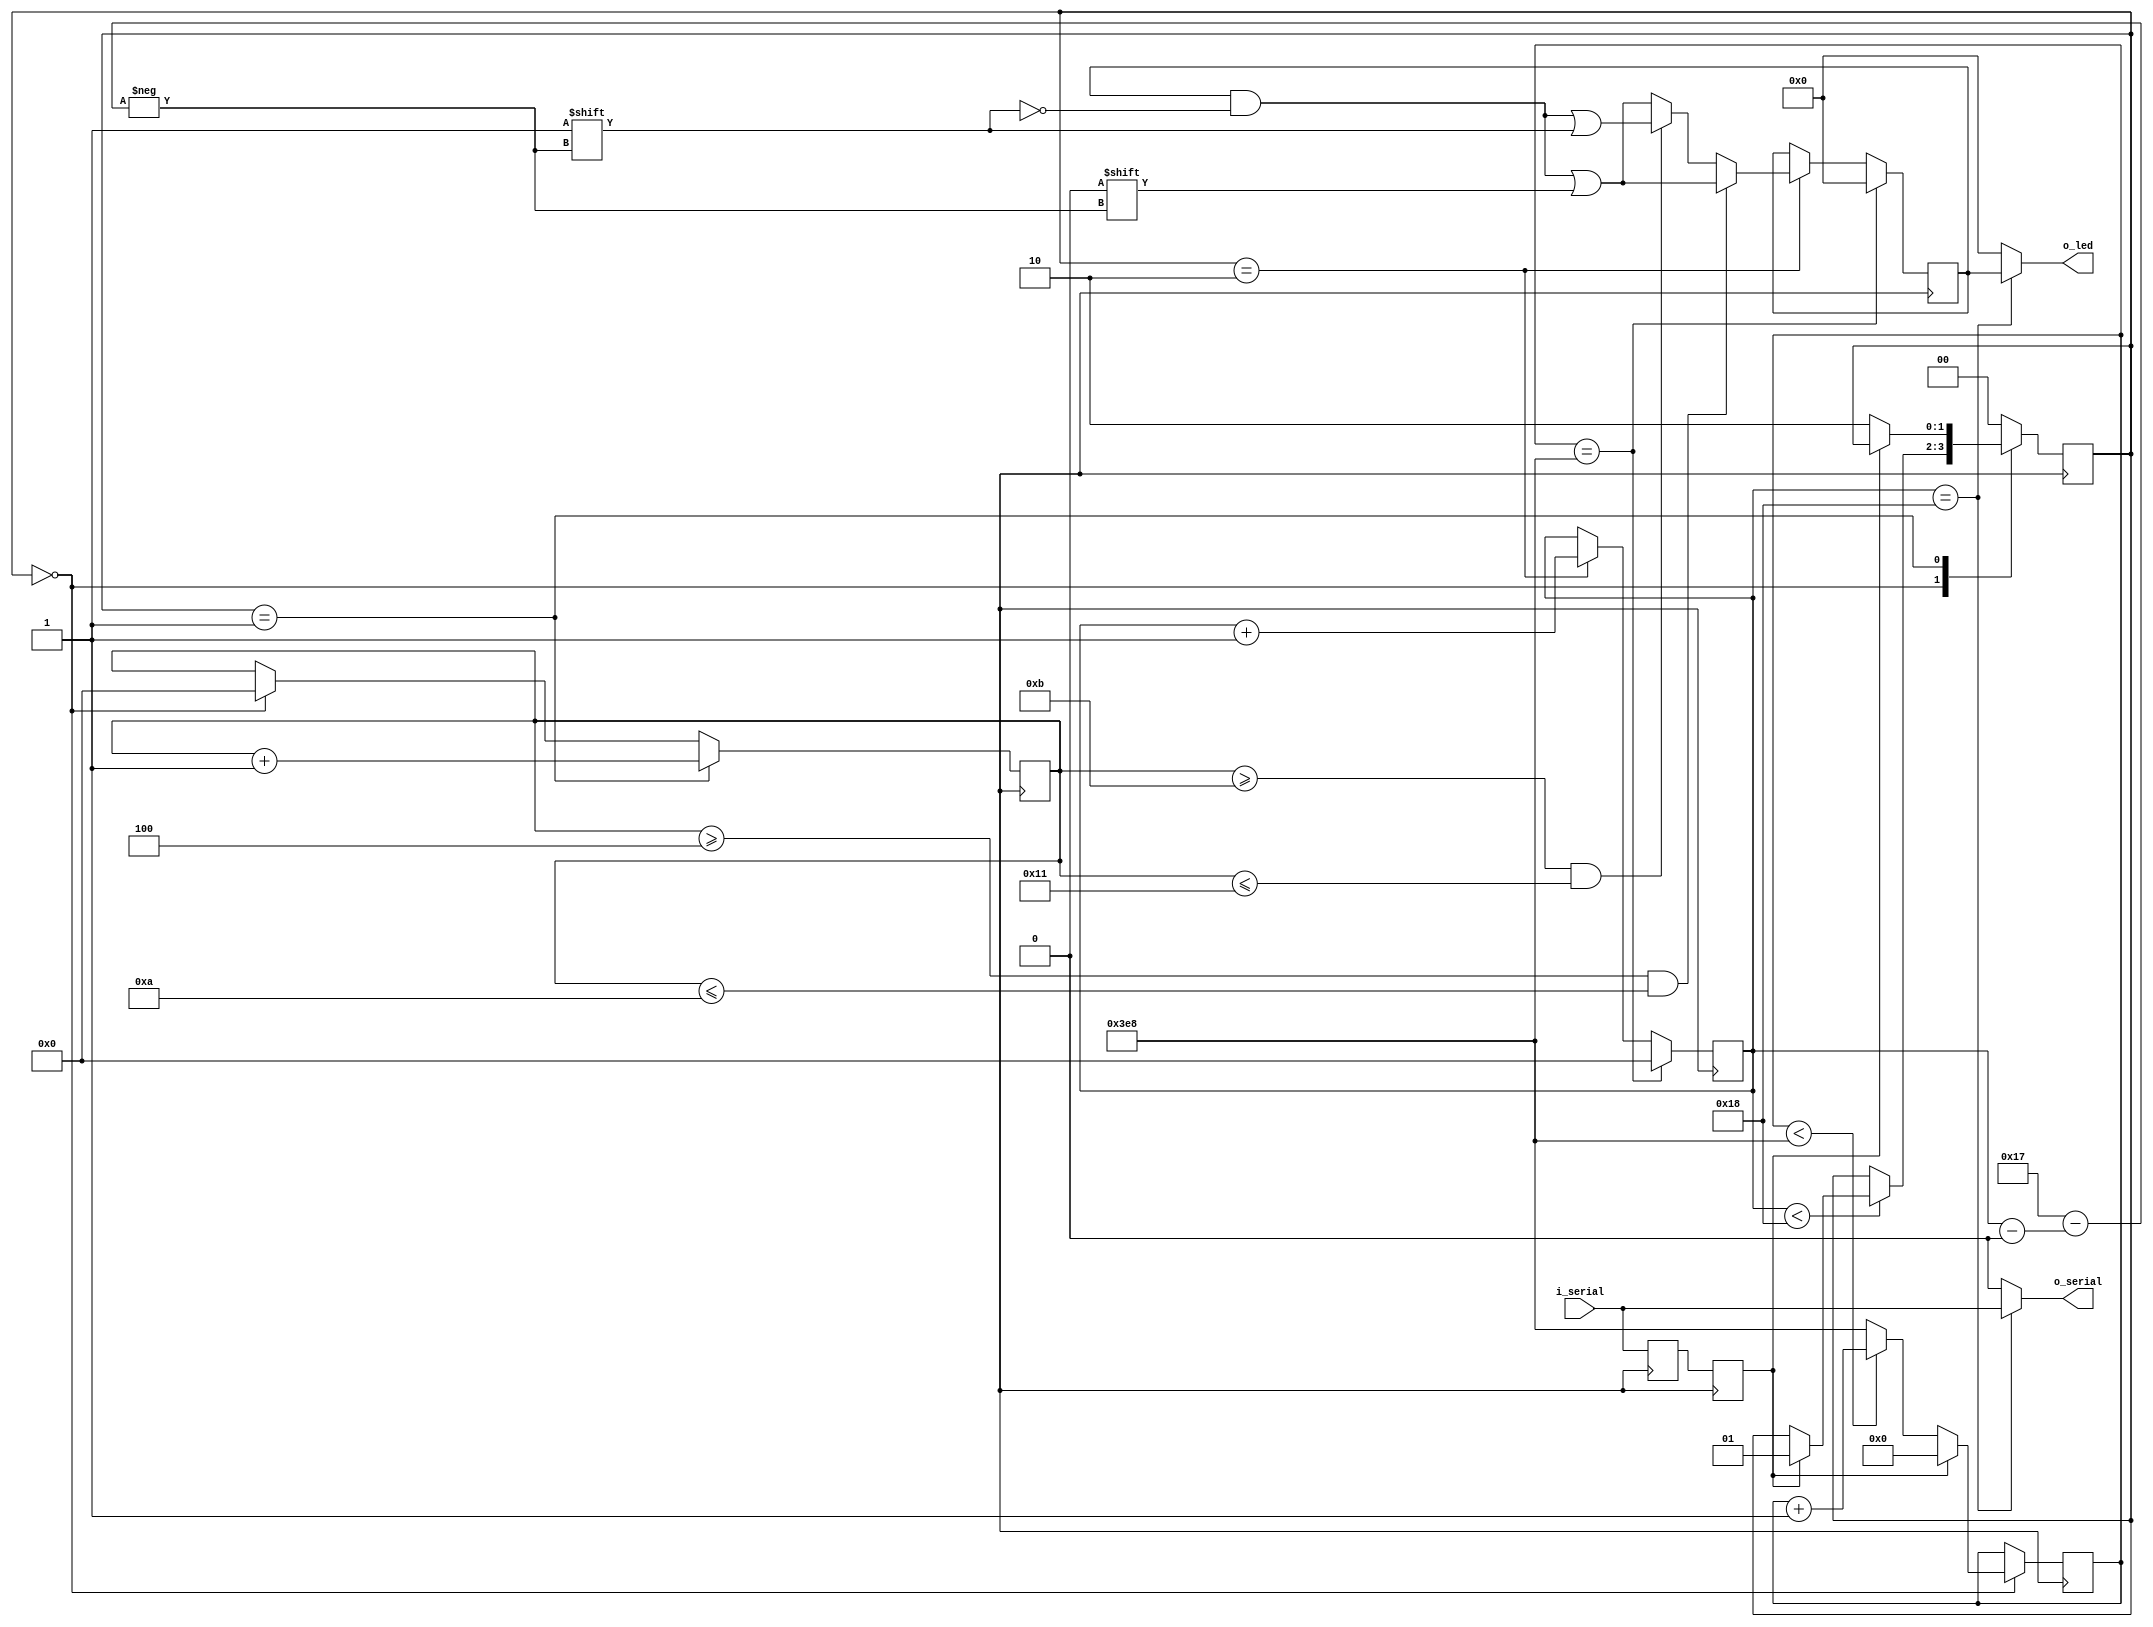
`timescale 1ns / 1ns
`define T0H     350.0   // 0.35 us
`define T0L     800.0   // 0.8 us
`define T1H     700.0   // 0.7 us
`define T1L     600.0   // 0.6 us
`define MARGIN  150.0   // +/- 150 ns
`define RET     50000.0 // 50 us

module led(
    input           i_serial,
	//input			  clk,
    output          o_serial,
    output [23:0]   o_led);
    //***********************************************************************
    //  Doing "Things"
    //***********************************************************************
    localparam       CLK_PRD  = 50; //Clock period in ns
    localparam [4:0] T0H_MIN  = ((`T0H - `MARGIN)/CLK_PRD);
    localparam [4:0] T0H_MAX  = ((`T0H + `MARGIN)/CLK_PRD);
    localparam [4:0] T1H_MIN  = ((`T1H - `MARGIN)/CLK_PRD);
    localparam [4:0] T1H_MAX  = ((`T1H + `MARGIN)/CLK_PRD);
    localparam [9:0] RST_MIN  = ((`RET)/CLK_PRD);
    //***********************************************************************
    //  Signal Declaration
    //***********************************************************************
    reg [9:0]rst_timer = 0;
    reg [4:0]bit_timer = 0;
    reg [4:0]bit_cntr  = 0;
    reg [1:0]state_reg = 0;
    reg [1:0]state_nxt = 0;
    reg [0:23]data     = 0;
    reg i_serial_tmp   = 0;
    reg i_serial_sync  = 0;
    reg clk            = 0;
    //***********************************************************************
    //  States Declaration
    //***********************************************************************
    localparam[1:0]
    idle    = 2'd0,
    measure = 2'd1,
    check   = 2'd2;
    //***********************************************************************
    //  Clock Simulation
    //***********************************************************************
    always #(CLK_PRD/2) clk = ~clk;
    //***********************************************************************
    //  Input(i_serial) Synchronization
    //***********************************************************************   
    always@(posedge clk) 
    begin
        i_serial_tmp <= i_serial;
        i_serial_sync <= i_serial_tmp;
    end
    //***********************************************************************
    //  State Register, Reset Timer, Bit Timer & Bit Counter
    //***********************************************************************   
    always@(posedge clk) 
    begin
        state_reg <= state_nxt;
        //Things to do in "idle" state
        if (state_reg == idle) begin
            bit_timer <= 0;
            if (~i_serial_sync)         
                rst_timer <= (rst_timer<RST_MIN)?rst_timer+10'd1:RST_MIN;
            else rst_timer  <= 0;
        end
        //Things to do in "measure" state        
        if (state_reg == measure) begin
            bit_timer <= bit_timer+5'd1;
        end
        //Things to do in "check" state
        if (state_reg == check) begin
            bit_cntr <= bit_cntr+5'd1;
            if((bit_timer>=T0H_MIN)&&(bit_timer<=T0H_MAX)) 
            data[bit_cntr] <= 1'd0; else if
            ((bit_timer>=T1H_MIN)&&(bit_timer<=T1H_MAX)) 
            data[bit_cntr] <= 1'd1; else 
            data[bit_cntr] <= 1'd0;
        end
        //Things to do when reset is detected
        if (rst_timer==RST_MIN) begin
            bit_cntr <= 0;
            data <= 0;
        end
    end
    //***********************************************************************
    //  Next State Logic
    //***********************************************************************   
    always@* 
    begin
        state_nxt = state_reg;
        case(state_reg)
            idle: begin
                if(bit_cntr<24)
                if(i_serial_sync) state_nxt = measure;
            end
            measure: begin
                if(~i_serial_sync) state_nxt = check;
            end
            check: begin
                state_nxt = idle;
            end
            default: state_nxt = idle;
        endcase
    end
    //***********************************************************************
    // Output Assignment
    //***********************************************************************   
    assign o_serial = (bit_cntr==24)?i_serial:1'd0;
    assign o_led = (bit_cntr==24)?data:24'd0;
endmodule